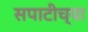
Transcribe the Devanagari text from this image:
सपाटीच्या